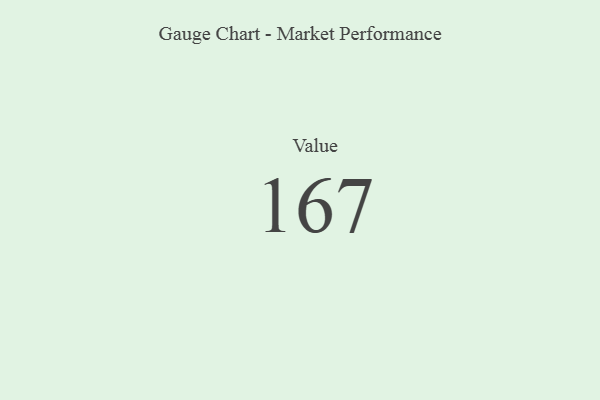
{"axis": {"x": "Metric", "y": "Value"}, "legend": [""], "data": [{"x": "Value", "y": 167, "type": ""}]}